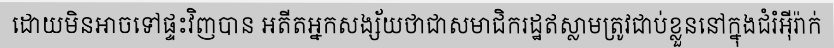
ដោយមិនអាចទៅផ្ទះវិញបាន អតីតអ្នកសង្ស័យថាជាសមាជិករដ្ឋឥស្លាមត្រូវជាប់ខ្លួននៅក្នុងជំរំអ៊ីរ៉ាក់